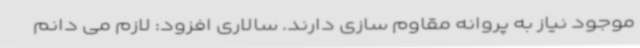
موجود نیاز به پروانه مقاوم سازی دارند. سالاری افزود: لازم می دانم